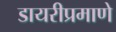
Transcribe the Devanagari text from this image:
डायरीप्रमाणे